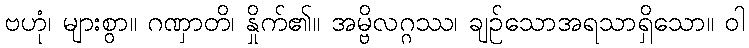
ဗဟုံ၊ များစွာ။ ဂဏှာတိ၊ နှိုက်၏။ အမ္ဗိလဂ္ဂဿ၊ ချဉ်သောအရသာရှိသော။ ဝါ